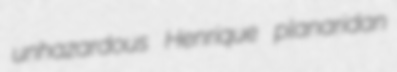
unhazardous Henrique planaridan